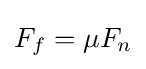
F_{f}=\mu F_{n}